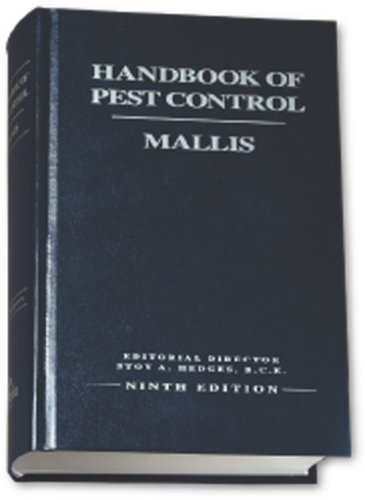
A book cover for The Mallis Handbook of Pest Control, Ninth Edition; Arnold Mallis; Crafts, Hobbies & Home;